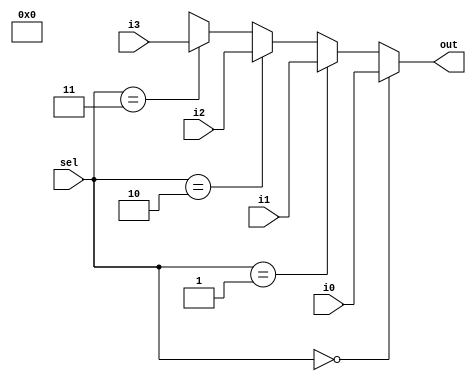
module MUX4 (
    out,
    i0,
    i1,
    i2,
    i3,
    sel
);
    
output [31:0] out;
input [31:0] i0, i1, i2, i3;
input [1:0] sel;

assign out = (sel == 2'b00)? i0:
             (sel == 2'b01)? i1:
             (sel == 2'b10)? i2:
             (sel == 2'b11)? i3:
             4'bx;

endmodule